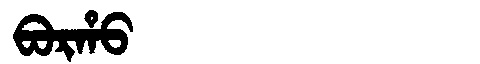
Manchu: ᠪᠣᡵᡥᠣ
Romanization: BORHO